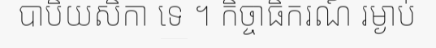
បាបិយសិកា ទេ ។ កិច្ចាធិករណ៍ រម្ងាប់